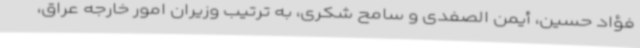
فؤاد حسین، أیمن الصفدی و سامح شکری، به ترتیب وزیران امور خارجه عراق،